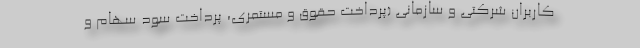
کاربران شرکتی و سازمانی (پرداخت حقوق و مستمری، پرداخت سود سهام و